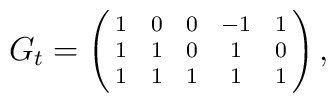
{\scriptsize G_t = \left(\matrix{ 1 & 0 & 0 & -1 & 1 \cr 1 & 1 & 0 & 1 & 0 \cr 1 & 1 & 1 & 1 & 1 \cr} \right), }